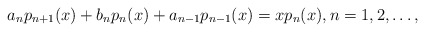
\begin{align*} a_{n}p_{n+1}(x)+b_{n}p_{n}(x)+a_{n-1}p_{n-1}(x)=xp_{n}(x), n=1,2,\ldots, \end{align*}